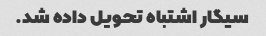
سیگار اشتباه تحویل داده شد.